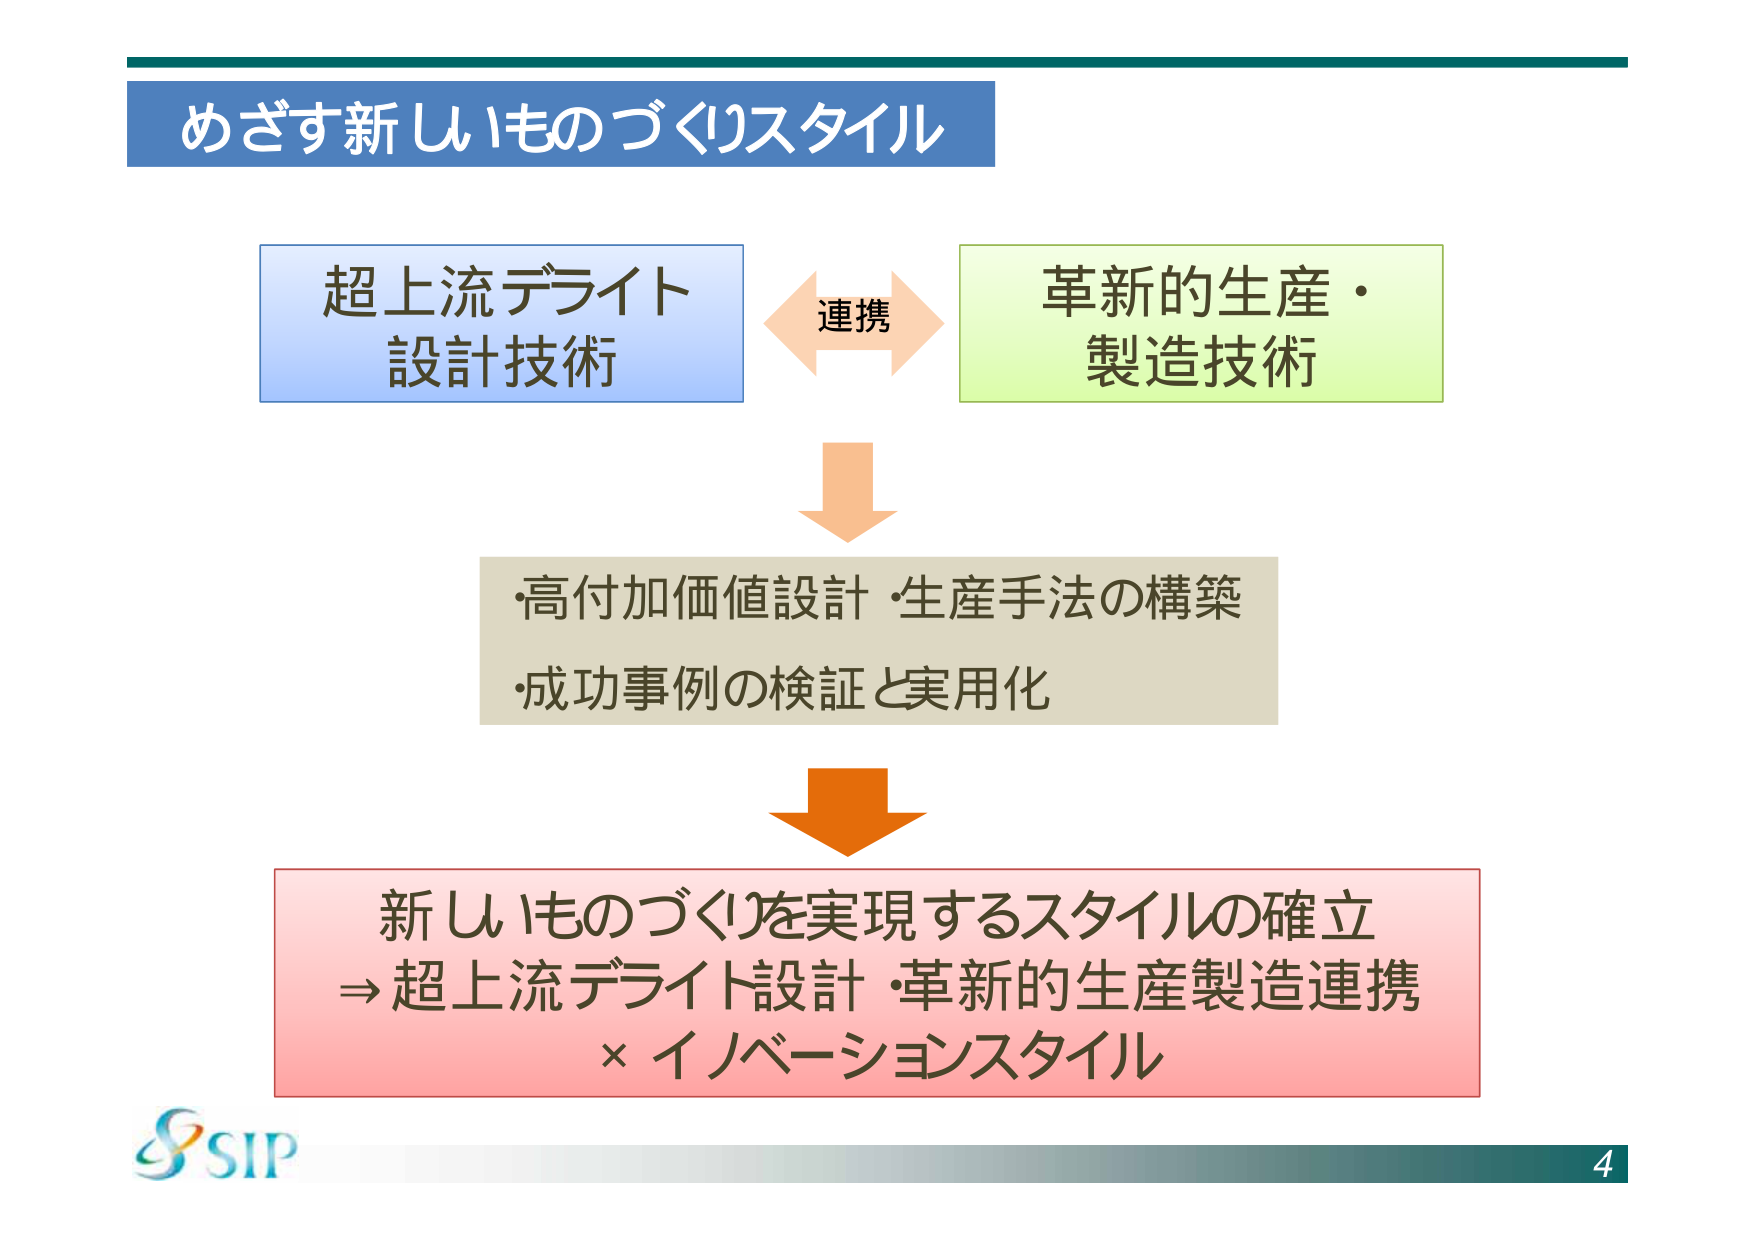
めざす新しいものづくりスタイル

超上流デライト
設計技術

連携

革新的生産・
製造技術

・高付加価値設計・生産手法の構築
・成功事例の検証と実用化

新しいものづくりを実現するスタイルの確立
→ 超上流デライト設計・革新的生産製造連携
× イノベーションスタイル

SIP

4